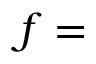
f =